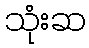
သုံးဆ